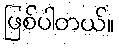
ဖြစ်ပါတယ်။